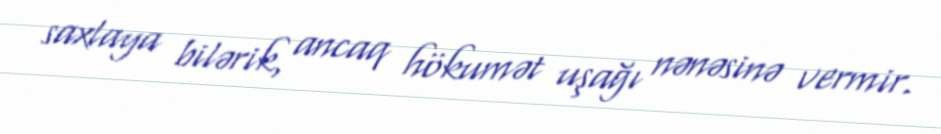
saxlaya bilərik, ancaq hökumət uşağı nənəsinə vermir.